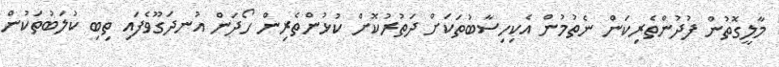
މާލީގޮތުން ފުދުންތެރިކަން ނެތުމުން އެކިހިސާބުތަކަށް ދަތުރުކޮށް ކުޅުންތެރިން ހޯދަން އުނދަގޫވެފައި ތިބި ކުލަބުތަކުން